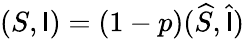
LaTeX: (S,\mathsf{I})=(1-p)(\widehat{{S}},\widehat{{\mathsf{I}}})